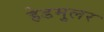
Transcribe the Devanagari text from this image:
हेडमुलर